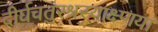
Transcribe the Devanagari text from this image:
दीर्घचतुरश्रस्याक्ष्णया